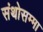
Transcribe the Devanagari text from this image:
संथोसम्मा